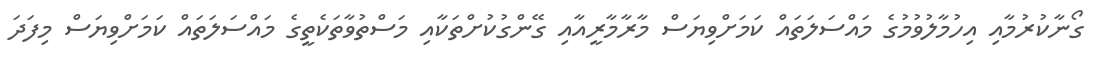
ގޯނާކުރުމާއި އިހުމާލުވުމުގެ މައްސަލަތައް ކަމަށްވިޔަސް މާރާމާރީއާއި ގޭންގުކުށްތަކާއި މަސްތުވާތަކެތީގެ މައްސަލަތައް ކަމަށްވިޔަސް މިފަދަ